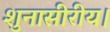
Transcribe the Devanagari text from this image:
शुनासीरीय।